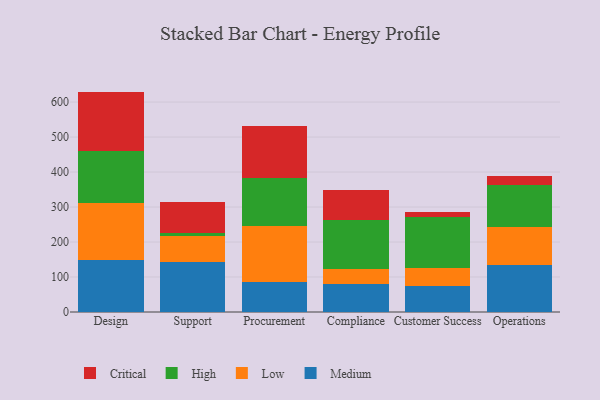
{"axis": {"x": "Department", "y": "Net Income (USD K)"}, "legend": ["Critical", "High", "Low", "Medium"], "data": [{"x": "Design", "y": 149.6, "type": "Medium"}, {"x": "Design", "y": 162.5, "type": "Low"}, {"x": "Design", "y": 148.1, "type": "High"}, {"x": "Design", "y": 169.7, "type": "Critical"}, {"x": "Support", "y": 143.3, "type": "Medium"}, {"x": "Support", "y": 74.4, "type": "Low"}, {"x": "Support", "y": 6.9, "type": "High"}, {"x": "Support", "y": 88.9, "type": "Critical"}, {"x": "Procurement", "y": 85.3, "type": "Medium"}, {"x": "Procurement", "y": 159.2, "type": "Low"}, {"x": "Procurement", "y": 139.3, "type": "High"}, {"x": "Procurement", "y": 148.0, "type": "Critical"}, {"x": "Compliance", "y": 79.6, "type": "Medium"}, {"x": "Compliance", "y": 43.0, "type": "Low"}, {"x": "Compliance", "y": 141.7, "type": "High"}, {"x": "Compliance", "y": 85.4, "type": "Critical"}, {"x": "Customer Success", "y": 74.4, "type": "Medium"}, {"x": "Customer Success", "y": 50.1, "type": "Low"}, {"x": "Customer Success", "y": 147.1, "type": "High"}, {"x": "Customer Success", "y": 14.7, "type": "Critical"}, {"x": "Operations", "y": 135.5, "type": "Medium"}, {"x": "Operations", "y": 107.8, "type": "Low"}, {"x": "Operations", "y": 120.8, "type": "High"}, {"x": "Operations", "y": 23.8, "type": "Critical"}]}